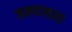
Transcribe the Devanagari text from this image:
जलदापारा